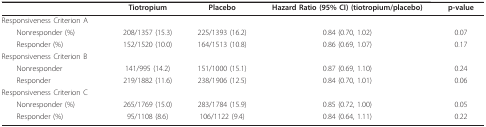
<table><thead><tr><td></td><td><b>Tiotropium</b></td><td><b>Placebo</b></td><td><b>Hazard Ratio (95% CI) (tiotropium/placebo)</b></td><td><b>p-value</b></td></tr></thead><tbody><tr><td>Responsiveness Criterion A</td><td></td><td></td><td></td><td></td></tr><tr><td> Nonresponder (%)</td><td>208/1357 (15.3)</td><td>225/1393 (16.2)</td><td>0.84 (0.70, 1.02)</td><td>0.07</td></tr><tr><td> Responder (%)</td><td>152/1520 (10.0)</td><td>164/1513 (10.8)</td><td>0.86 (0.69, 1.07)</td><td>0.17</td></tr><tr><td>Responsiveness Criterion B</td><td></td><td></td><td></td><td></td></tr><tr><td> Nonresponder</td><td>141/995 (14.2)</td><td>151/1000 (15.1)</td><td>0.87 (0.69, 1.10)</td><td>0.24</td></tr><tr><td> Responder</td><td>219/1882 (11.6)</td><td>238/1906 (12.5)</td><td>0.84 (0.70, 1.01)</td><td>0.06</td></tr><tr><td>Responsiveness Criterion C</td><td></td><td></td><td></td><td></td></tr><tr><td> Nonresponder (%)</td><td>265/1769 (15.0)</td><td>283/1784 (15.9)</td><td>0.85 (0.72, 1.00)</td><td>0.05</td></tr><tr><td> Responder (%)</td><td>95/1108 (8.6)</td><td>106/1122 (9.4)</td><td>0.84 (0.64, 1.11)</td><td>0.22</td></tr></tbody></table>